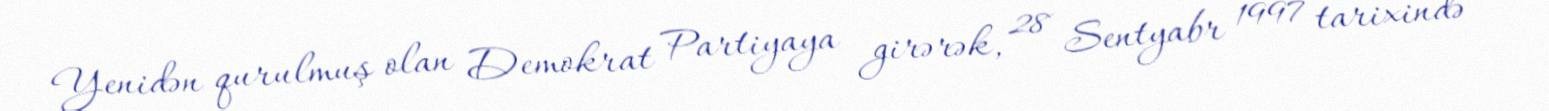
Yenidən qurulmuş olan Demokrat Partiyaya girərək, 28 Sentyabr 1997 tarixində